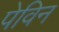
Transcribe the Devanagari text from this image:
पेविन